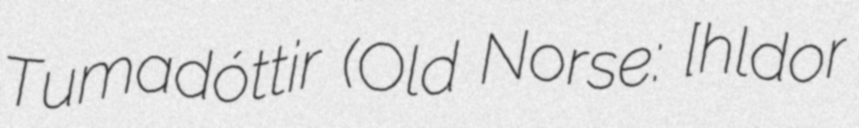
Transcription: Tumadóttir (Old Norse: [ˈhɑlːˌdoːrɑ